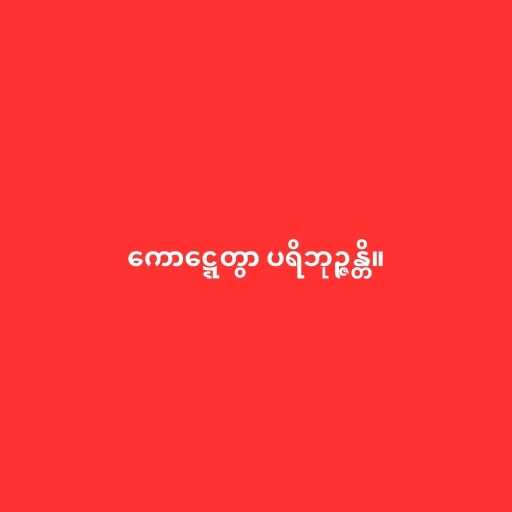
ကောဋ္ဋေတွာ ပရိဘုဉ္ဇန္တိ။